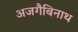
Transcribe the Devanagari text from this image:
अजगैबिनाथ